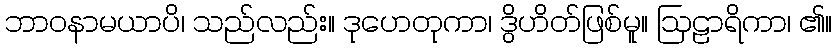
ဘာဝနာမယာပိ၊ သည်လည်း။ ဒုဟေတုကာ၊ ဒွိဟိတ်ဖြစ်မူ။ ဩဠာရိကာ၊ ၏။